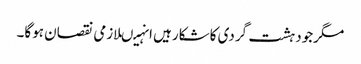
مگرجودہشت گردی کاشکارہیں انہیںلازمی نقصان ہوگا۔